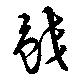
鮫